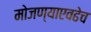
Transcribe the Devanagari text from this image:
मोजण्याएवढेच